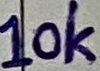
Text: 10K